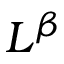
L ^ { \beta }